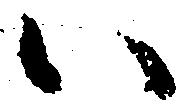
い